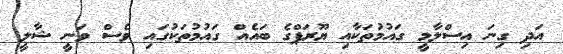
އަދި ގިނަ އިސްލާމީ ގައުމުތަކާއި ޔޫރަޕްގެ ބައެއް ގައުމުތަކުގައި ވެސް ވަނީ ޝާލީ